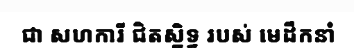
ជា សហការី ជិតស្និទ្ធ របស់ មេដឹកនាំ